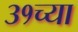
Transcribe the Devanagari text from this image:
३१च्या